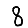
Digit: 8